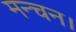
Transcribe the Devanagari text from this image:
मन्चन।